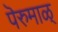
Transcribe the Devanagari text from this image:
पॆरुमाळ्